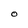
Character: O